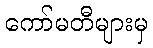
ကော်မတီများမှ